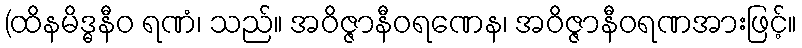
(ထိနမိဒ္ဓနီဝ ရဏံ၊ သည်။ အဝိဇ္ဇာနီဝရဏေန၊ အဝိဇ္ဇာနီဝရဏအားဖြင့်။